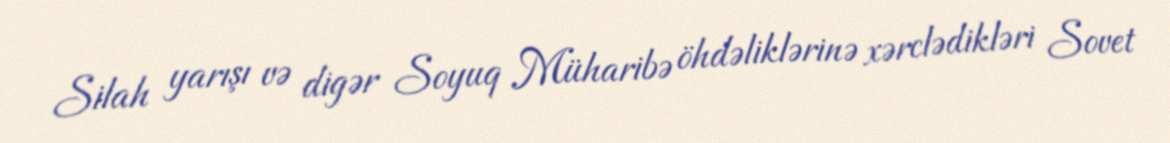
Silah yarışı və digər Soyuq Müharibə öhdəliklərinə xərclədikləri Sovet